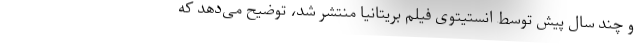
و چند سال پیش توسط انستیتوی فیلم بریتانیا منتشر شد، توضیح می‌دهد که